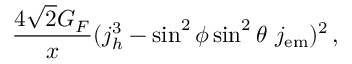
\frac { 4 \sqrt { 2 } G _ { F } } { x } ( j _ { h } ^ { 3 } - \sin ^ { 2 } \phi \sin ^ { 2 } \theta \ j _ { \mathrm { { e m } } } ) ^ { 2 } \, ,